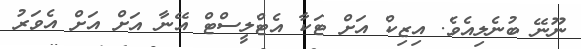
ނޫނޭ ބުނެލިއެވެ. އިޒިކް އަށް ޓަކާ އެޓްލީސްޓް އޭނާ އަށް އަށް އެވަރު